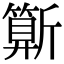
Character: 𣃍